Annual report of the Civil Veterinary Department, Bengal, for the year 1897-98 - 1897-1898
Year: 1897
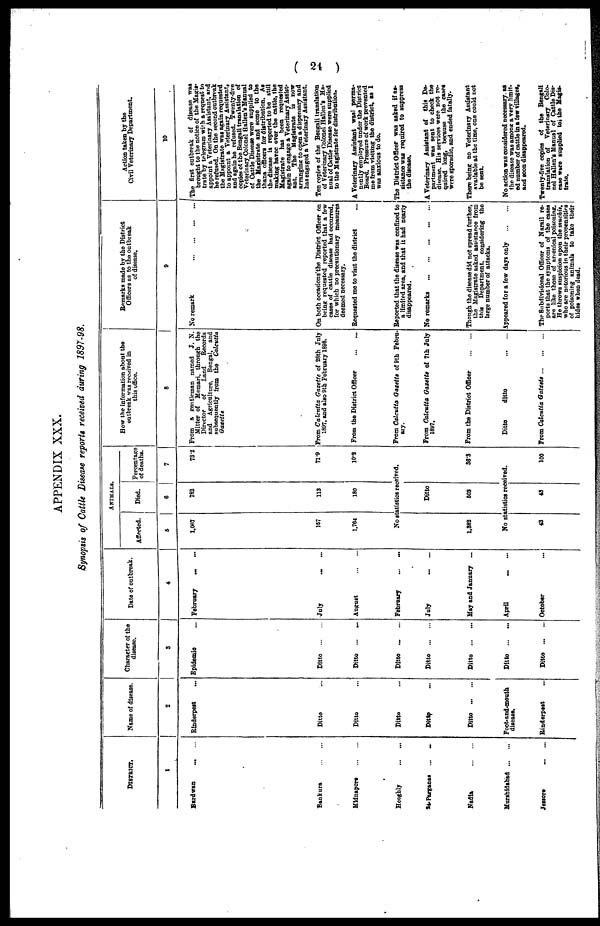
( 24 )
APPENDIX XXX.
Synopsis of Cattle Disease reports received during 1897-98.
DISTRICT.
1
Burdwan
... ...
Bankura
...
...
Midnapore
...
...
Hooghly
...
...
24-Parganas ...
..
Nadia
...
...
Murshidabad
...
...
Jessore
...
...
Name of disease.
2
Rinderpest ...
Ditto ...
Ditto ...
Ditto ...
Ditto ...
Ditto
...
...
Foot-and-mouth
disease.
Rinderpest ...
Character of the
disease.
3
Epidemic ...
Ditto
...
...
Ditto
...
...
Ditto ... ...
Ditto
...
...
Ditto
...
...
Ditto ... ...
Ditto
...
...
Date of outbreak.
4
February
...
...
July
...
...
August
...
...
February
...
...
July
...
...
May and January ...
April
...
...
October ...
ANIMALS.
Affected.
6
1,067
167
1,764
Died.
6
782
113
180
Percentage
of deaths.
7
73.2
71.9
10.2
No statistics received.
1,882
Ditto
603
36.3
No statistics received.
43
43
100
How the information about the
outbreak was received in
this office.
8
From a gentleman named J. N.
Mitter of Memari, through the
Director
of
Land
Records
and Agriculture, Bengal, and
subsequently from the Calcutta
Gazette
From Calcutta Gazette of 28th July
1897, and also 9th February 1898.
From the District Officer
...
...
From Calcutta Gazette of 9th Febru-
ary.
From Calcutta Gazette of 7th July
1897.
From the District Officer
...
...
Ditto
ditto
...
...
From Calcutta Gatzete ... ... ...
Remarks made by the District
Officers as to the outbreak
of disease.
9
No remark
...
...
...
...
On both occasions the District Officer on
being requested reported that a few
cases of cattle disease had occurred,
for which no precautionary measures
deemed necessary.
Requested me to visit the district ...
Reported that the disease was confined to
a limited area, and that it had nearly
disappeared.
No remarks
...
...
...
...
...
Though the disease did not spread further,
the Magistrate asked assistance from
this Department, considering the
large number of attacks.
Appeared for a few days only
...
...
The Subdivisional Officer of Narail re-
ports that the symptoms of the cases
are like those of arsenical poisoning.
He throws suspicion upon the muchis,
who are notorious in their propensities
of poisoning animals to take their
hides when dead.
Action taken by the
Civil Veterinary Department.
10
The first outbreak of disease was
brought to the notice of the Magis-
trate by telegram with a request to
appoint a Veterinary Assistant, and
he refused. On the second outbreak
the Magistrate was again requested
to appoint a Veterinary Assistant,
and again he refused. Twenty-five
copies of the Bengali translation of
Veterinary Colonel Hallen's Manual
of Cattle Disease were supplied to
the Magistrate and some to the
thana officers for distribution. As
the disease is reported to be still
making havoc over the cattle, the
Magistrate has been requested
again to engage a Veterinary Assist-
ant. The Magistrate is now
arranging to open a dispensary and
has engaged a Veterinary Assistant.
Ten copies of the Bengali translation
of Veterinary Colonel Hallen's Ma-
nual of Cattle Disease were supplied
to the Magistrate for distribution.
A Veterinary Assistant was perma-
nently employed under the District
Board. Pressure of work prevented
me from visiting the district, as I
was anxious to do.
The District Officer was asked if as-
sistance was required to suppress
the disease.
A Veterinary Assistant of this De-
partment was sent to check the
disease. His services were not re-
quired long, because the cases
were sporadic, and ended fatally.
There being no Veterinary Assistant
available at the time, one could not
be sent.
No action was considered necessary as
the disease was among a very limit-
ed number of cattle in a few villages.
and soon disappeared.
Twenty-five copies of the Bengali
translation of Veterinary Colo-
nel Hallen's Manual of Cattle Dis-
ease were supplied to the Magis-
trate.